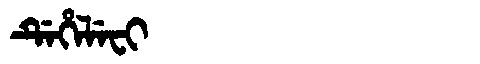
Manchu: ᡩᡝᡥᡝᠯᡝᠸᡳ
Romanization: DEHELEFI